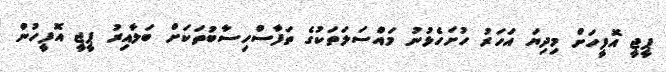
ޕީޖީ އޮފީހަށް މިދިޔަ އަހަރު ހުށަހެޅުނު މައްސަލަތަކުގެ ތަފާސްހިސާބުތަކަށް ބަލާއިރު ޕީޖީ އޮފީހުން